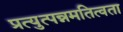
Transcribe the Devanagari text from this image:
प्रत्युत्पन्नमतित्वता